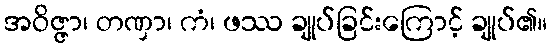
အဝိဇ္ဇာ၊ တဏှာ၊ ကံ၊ ဖဿ ချုပ်ခြင်းကြောင့် ချုပ်၏။